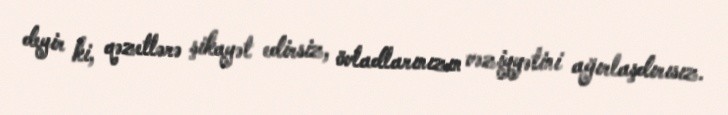
deyir ki, qəzetlərə şikayət edirsiz, övladlarınızın vəziyyətini ağırlaşdırısız.